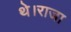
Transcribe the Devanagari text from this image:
थे।राजा